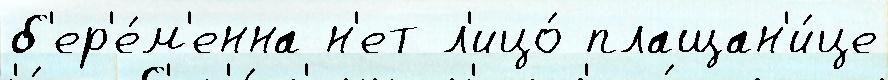
б'ер'е́м'енна н'ет л'ицо́ плащан'и́це